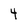
Character: 4